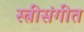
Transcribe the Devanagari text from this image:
स्त्रीसंगीत